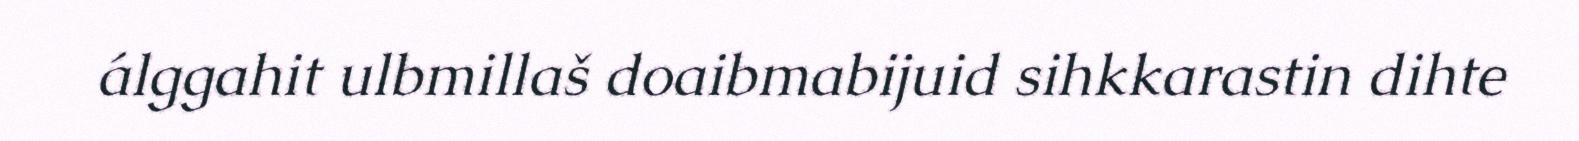
álggahit ulbmillaš doaibmabijuid sihkkarastin dihte